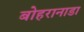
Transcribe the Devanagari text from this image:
बोहरानाडा